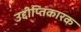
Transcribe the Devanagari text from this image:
उद्दीप्तिकारक